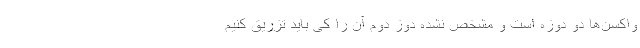
واکسن‌ها دو دوزه است و مشخص نشده دوز دوم آن را کی باید تزریق کنیم